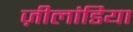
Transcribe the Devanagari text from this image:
ज़ीलांडिया